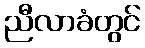
ညီလာခံတွင်